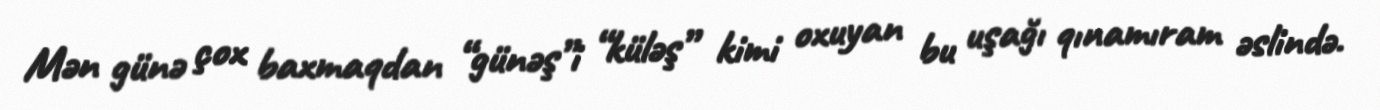
Mən günə çox baxmaqdan “günəş”i “küləş” kimi oxuyan bu uşağı qınamıram əslində.